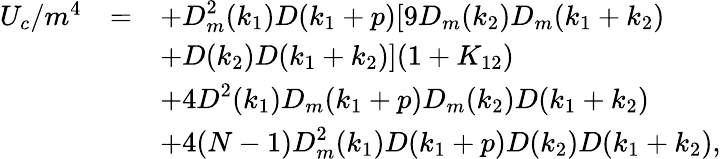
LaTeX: \begin{array}{rcl}{{U_{c}/m^{4}}}&{{=}}&{{\displaystyle+D_{m}^{2}(k_{1})D(k_{1}+p)[9D_{m}(k_{2})D_{m}(k_{1}+k_{2})}}\\ {{}}&{{}}&{{\displaystyle+D(k_{2})D(k_{1}+k_{2})](1+K_{12})}}\\ {{}}&{{}}&{{\displaystyle+4D^{2}(k_{1})D_{m}(k_{1}+p)D_{m}(k_{2})D(k_{1}+k_{2})}}\\ {{}}&{{}}&{{\displaystyle+4(N-1)D_{m}^{2}(k_{1})D(k_{1}+p)D(k_{2})D(k_{1}+k_{2}),}}\end{array}